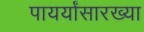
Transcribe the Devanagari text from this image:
पायर्यांसारख्या